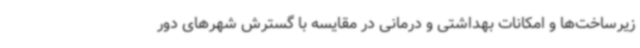
زیرساخت‌ها و امکانات بهداشتی و درمانی در مقایسه با گسترش شهرهای دور